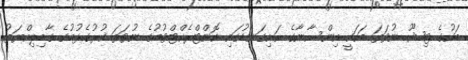
މަހުގެ ޓިޝޫ ނުވަތަ މަހަކީ އިންސާނާގެ ހަށިގަނޑުގައި ކޮންޓްރެކްޓްވުމުގެ ނުވަތަ ކުރުގެޅުމުގެ ގާބިލިއްޔަތު